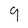
Character: 9